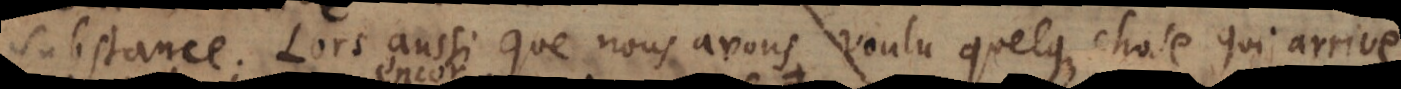
tance. Lors aussi que nous avons voulu quelque chose, et qu’il